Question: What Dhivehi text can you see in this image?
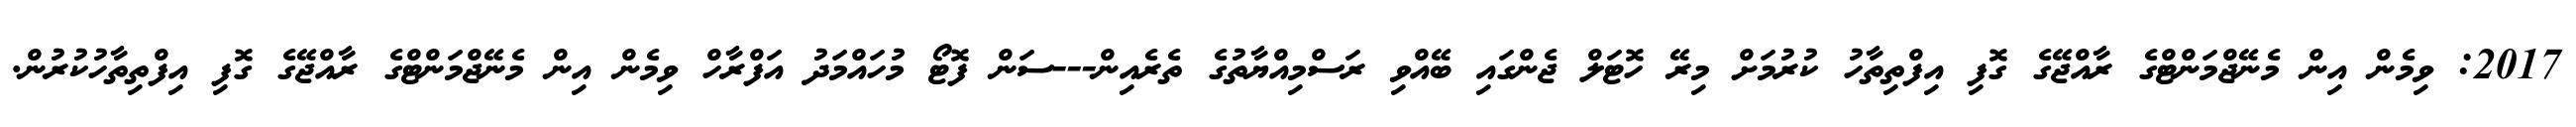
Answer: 2017: ވިމެން އިން މެނޭޖްމަންޓްގެ ރާއްޖޭގެ ގޮފި އިފްތިތާހު ކުރުމަށް މިރޭ ހޮޓަލް ޖެންގައި ބޭއްވި ރަސްމިއްޔާތުގެ ތެރެއިން---ސަން ފޮޓޯ މުހައްމަދު އަފްރާހް ވިމެން އިން މެނޭޖްމަންޓްގެ ރާއްޖޭގެ ގޮފި އިފްތިތާހުކުރުން.